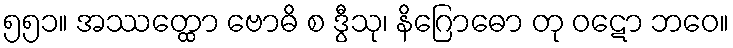
၅၅၁။ အဿတ္ထော ဗောဓိ စ ဒွီသု၊ နိဂြောဓော တု ဝဋော ဘဝေ။